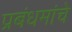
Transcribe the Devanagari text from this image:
प्रबंधमांचे